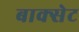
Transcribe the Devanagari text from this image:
बाक्सेट